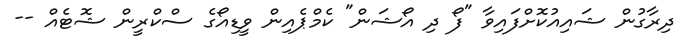
ދިރާގުން ޝައިއުކޮށްފައިވާ "ފޯ ދި އޯޝަން" ކެމްޕެއިން ވީޑިއޯގެ ސްކްރީން ޝޮޓެއް --